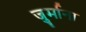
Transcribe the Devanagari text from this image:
जु्र्माना